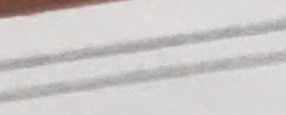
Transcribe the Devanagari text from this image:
यो अक्षर
यो अक्षर